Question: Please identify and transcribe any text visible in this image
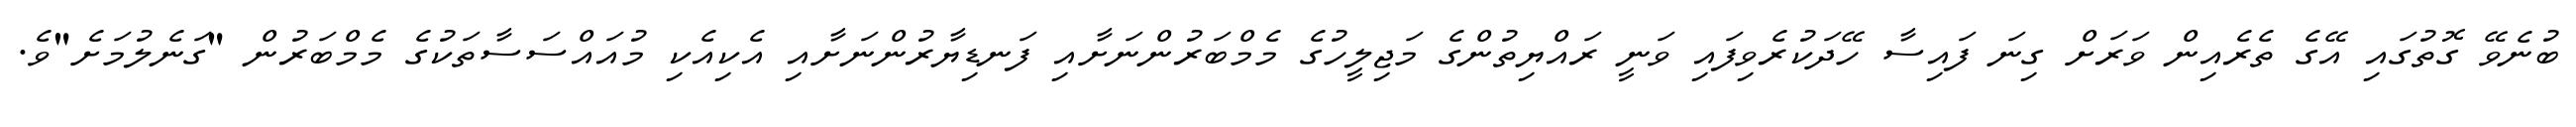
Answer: ބުނެވޭ ގޮތުގައި އޭގެ ތެރެއިން ވަރަށް ގިނަ ފައިސާ ހޭދަކުރެވިފައި ވަނީ ރައްޔިތުންގެ މަޖިލީހުގެ މެމްބަރުންނަށާއި ފަނޑިޔާރުންނަށާއި އެކިއެކި މުއައްސަސާތަކުގެ މެމްބަރުން "ގަނެލުމަށެ"ވެ.